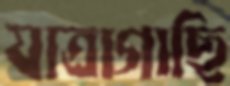
যাত্রাগাছি